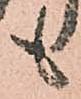
も